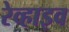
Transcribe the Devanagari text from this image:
रेव्हाइव